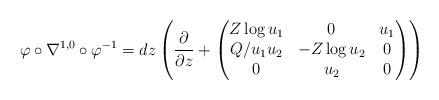
LaTeX: \begin{align*}\varphi\circ\nabla^{1,0}\circ\varphi^{-1} =dz\left(\frac{\partial}{\partial z} +\begin{pmatrix} Z\log u_1 & 0 & u_1\\ Q/u_1u_2 & -Z\log u_2 & 0\\ 0 & u_2 & 0\end{pmatrix}\right)\end{align*}